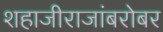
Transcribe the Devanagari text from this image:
शहाजीराजांबरोबर